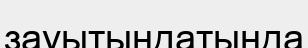
зауытындатында